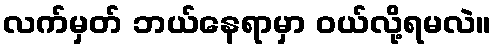
လက်မှတ် ဘယ်နေရာမှာ ဝယ်လို့ရမလဲ။